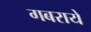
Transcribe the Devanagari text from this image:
गबराये